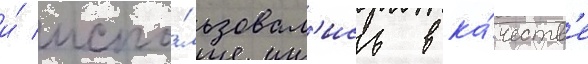
и́ испо́льзовал'ись в ка́честв'е